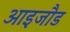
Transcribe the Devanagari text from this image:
आइजौड